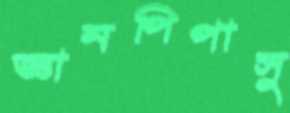
জ্ঞানপিপাসু